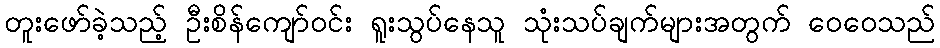
တူးဖော်ခဲ့သည့် ဦးစိန်ကျော်ဝင်း ရူးသွပ်နေသူ သုံးသပ်ချက်များအတွက် ဝေဝေသည်